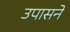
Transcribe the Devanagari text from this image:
उपासने